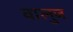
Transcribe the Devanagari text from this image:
वालुज